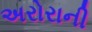
અરોરાની